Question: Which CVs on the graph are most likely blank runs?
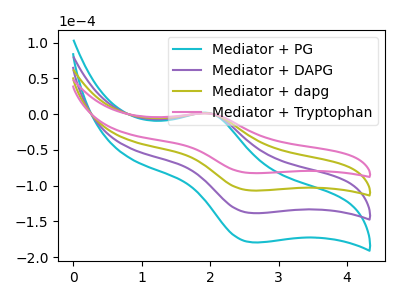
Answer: <think>The cyan curve "Mediator + PG" has an anodic peak at (2.00V, 2.90uA) and a cathodic peak at (2.60V, -320.50uA). The purple curve "Mediator + DAPG" has an anodic peak at (2.00V, 1.95uA) and a cathodic peak at (2.60V, -213.65uA). The olive curve "Mediator + dapg" has an anodic peak at (2.00V, 0.95uA) and a cathodic peak at (2.60V, -106.85uA). The pink curve "Mediator + Tryptophan" has an anodic peak at (2.00V, 0.75uA) and a cathodic peak at (2.60V, -82.45uA).</think>
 <answer>There are not any CV's on this graph that are likely to be blanks.</answer>
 <eval>none</eval>